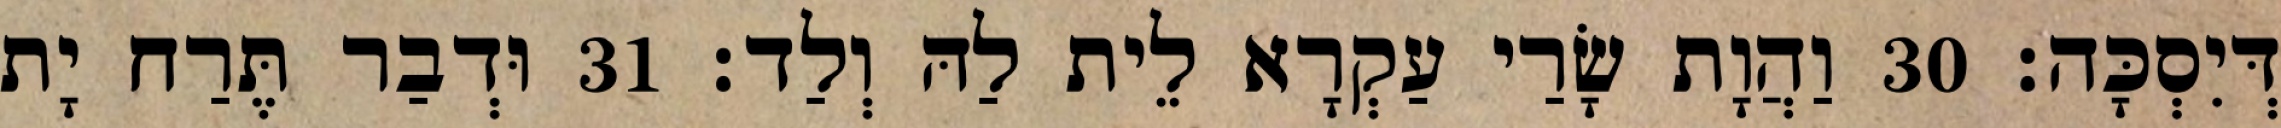
דְּיִסְכָּה׃ 30 וַהֲוָת שָׂרַי עַקְרָא לֵית לַהּ וְלַד׃ 31 וּדְבַר תֶּרַח יָת